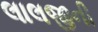
લાલજીની